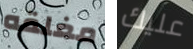
مغلقه عليك